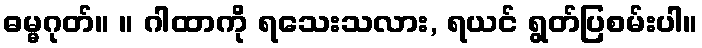
ဓမ္မဂုတ်။ ။ ဂါထာကို ရသေးသလား, ရယင် ရွတ်ပြစမ်းပါ။